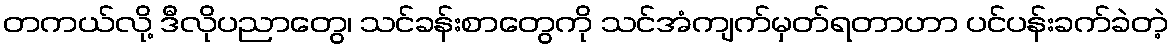
တကယ်လို့ ဒီလိုပညာတွေ၊ သင်ခန်းစာတွေကို သင်အံကျက်မှတ်ရတာဟာ ပင်ပန်းခက်ခဲတဲ့